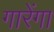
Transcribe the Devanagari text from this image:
गारेंगा